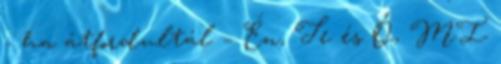
- ha átfordultál – Én, Te és Ő, MI